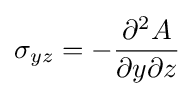
\sigma _{yz}=-{\frac {\partial ^{2}A}{\partial y\partial z}}